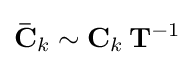
\mathbf {\bar {C}} _{k}\sim \mathbf {C} _{k}\,\mathbf {T} ^{-1}